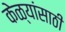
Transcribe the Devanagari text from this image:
केळ्यांसाठी